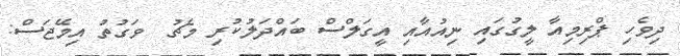
ދިވެހި ޕްރިމިއާ ލީގުގައި ނިއުއާއި އީގަލްސް ބައްދަލުކުރި މެޗު  ވަގުތު އިމޭޖަސް: